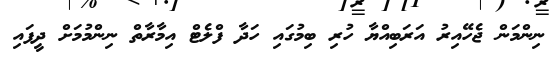
ނިންމަން ޖެހޭއިރު އަރަބިއްޔާ ހުރި ބިމުގައި ހަދާ ފްލެޓް އިމާރާތް ނިންމުމަށް ދީފައި